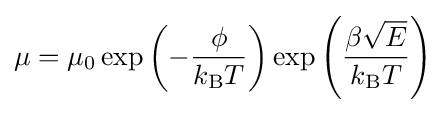
\mu =\mu _{0}\exp \left(-{\frac {\phi }{k_{\text{B}}T}}\right)\exp \left({\frac {\beta {\sqrt {E}}}{k_{\text{B}}T}}\right)